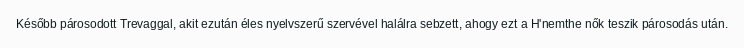
Később párosodott Trevaggal, akit ezután éles nyelvszerű szervével halálra sebzett, ahogy ezt a H'nemthe nők teszik párosodás után.